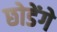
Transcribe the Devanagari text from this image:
छोडेंगे